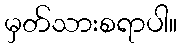
မှတ်သားစရာပါ။